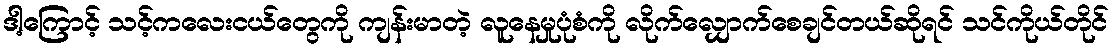
ဒါ့ကြောင့် သင့်ကလေးငယ်တွေကို ကျန်းမာတဲ့ လူနေမှုပုံစံကို လိုက်လျှောက်စေချင်တယ်ဆိုရင် သင်ကိုယ်တိုင်